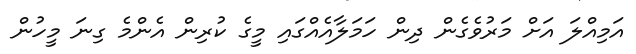
އަމިއްލަ އަށް މަރުވެގެން ދިން ހަމަލާއެއްގައި މީގެ ކުރިން އެންމެ ގިނަ މީހުން